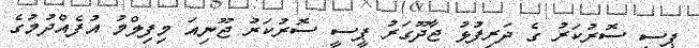
ޕީސީ ސޮރުކަރު ގެ ދަރިފުޅު ޖާދޫގަރު ޕީސީ ސޮރުކަރު ޖޫނިއަ މިފިލްމު އުފެއްދުމުގެ